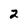
Character: 2